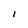
Character: I